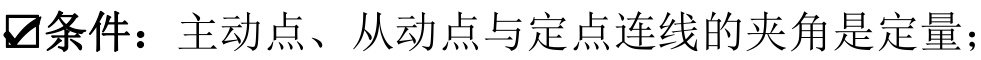
✔条件：主动点、从动点与定点连线的夹角是定量；